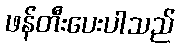
ဖန်တီးပေးပါသည်